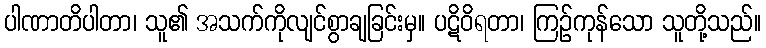
ပါဏာတိပါတာ၊ သူ၏ အသက်ကိုလျင်စွာချခြင်းမှ။ ပဋိဝိရတာ၊ ကြဉ်ကုန်သော သူတို့သည်။